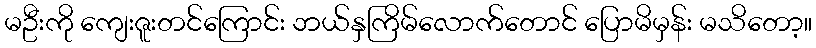
မဦးကို ကျေးဇူးတင်ကြောင်း ဘယ်နှကြိမ်လောက်တောင် ပြောမိမှန်း မသိတော့။